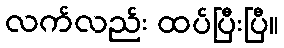
လက်လည်း ထပ်ပြီးပြီ။